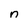
Character: n